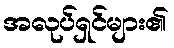
အလုပ်ရှင်များ၏